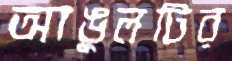
আঙুলটির